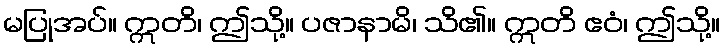
မပြုအပ်။ ဣတိ၊ ဤသို့။ ပဇာနာမိ၊ သိ၏။ ဣတိ ဧဝံ၊ ဤသို့။